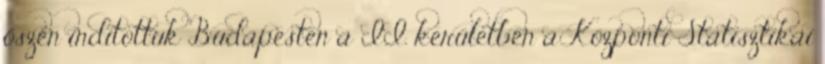
őszén indítottuk Budapesten a II. kerületben a Központi Statisztikai